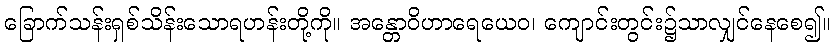
ခြောက်သန်းရှစ်သိန်းသောရဟန်းတို့ကို။ အန္တောဝိဟာရေယေဝ၊ ကျောင်းတွင်း၌သာလျှင်နေစေ၍။